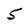
Character: 5